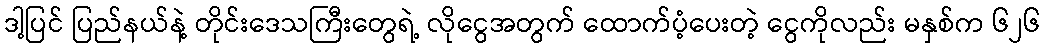
ဒါ့ပြင် ပြည်နယ်နဲ့ တိုင်းဒေသကြီးတွေရဲ့ လိုငွေအတွက် ထောက်ပံ့ပေးတဲ့ ငွေကိုလည်း မနှစ်က ၆၂၆